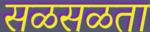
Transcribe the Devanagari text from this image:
सळसळता